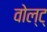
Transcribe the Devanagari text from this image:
वोल्ट्